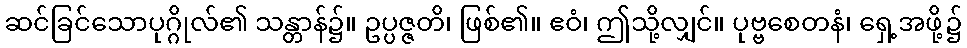
ဆင်ခြင်သောပုဂ္ဂိုလ်၏ သန္တာန်၌။ ဥပ္ပဇ္ဇတိ၊ ဖြစ်၏။ ဧဝံ၊ ဤသို့လျှင်။ ပုဗ္ဗစေတနံ၊ ရှေ့အဖို့၌